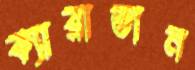
ক্যারাভান